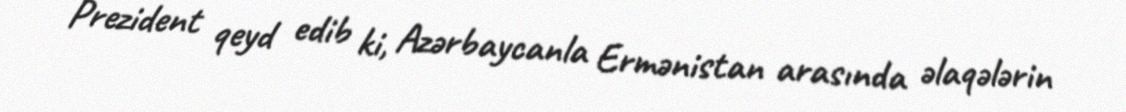
Prezident qeyd edib ki, Azərbaycanla Ermənistan arasında əlaqələrin